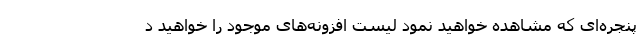
پنجره­ای که مشاهده خواهید نمود لیست افزونه­‌های موجود را خواهید د